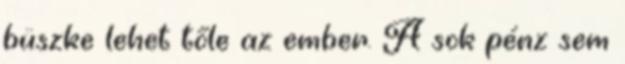
büszke lehet tőle az ember. A sok pénz sem